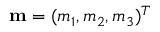
\mathbf { m } = ( m _ { 1 } , m _ { 2 } , m _ { 3 } ) ^ { T }